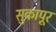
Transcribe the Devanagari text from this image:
सुकापूर